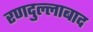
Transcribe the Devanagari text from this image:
रणदुल्लाबाद